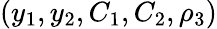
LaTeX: (y_{1},y_{2},C_{1},C_{2},\rho_{3})